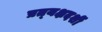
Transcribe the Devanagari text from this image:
प्रत्‍यक्षदर्शी